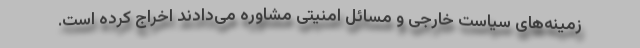
زمینه‌های سیاست خارجی و مسائل امنیتی مشاوره می‌دادند اخراج کرده است.